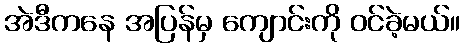
အဲဒီကနေ အပြန်မှ ကျောင်းကို ဝင်ခဲ့မယ်။